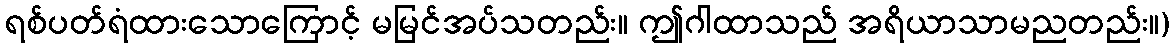
ရစ်ပတ်ရံထားသောကြောင့် မမြင်အပ်သတည်း။ ဤဂါထာသည် အရိယာသာမညတည်း။)